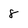
Character: 8